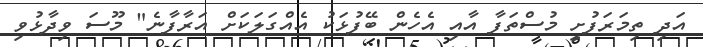
އަދި ތިމަރަފުށީ މުސްތަފާ އާއި އެހެން ބޭފުޅަކު އެއްގަލަކަށް އަރާފާނެ" މޫސަ ވިދާޅުވި